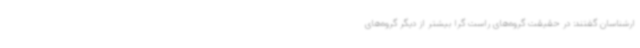
ارشناسان گفتند: در حقیقت گروه‌های راست گرا بیشتر از دیگر گروه‌های